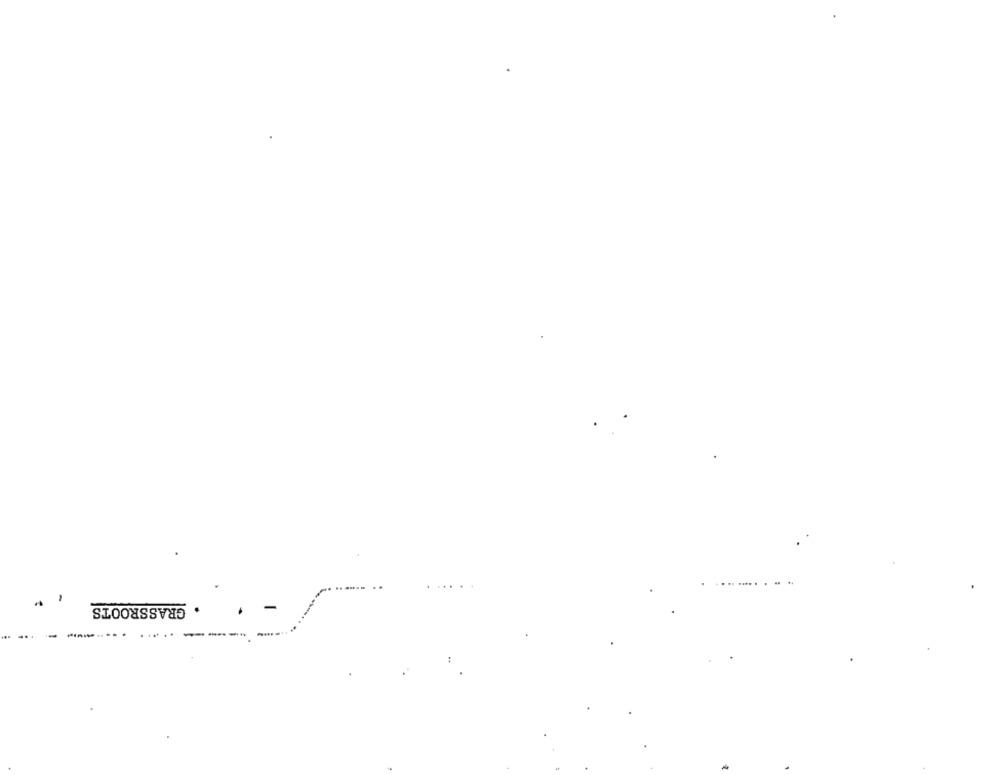
.... . .
GRASSROOTS
------